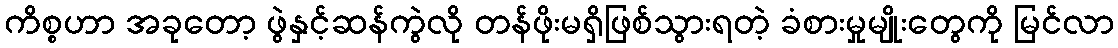
ကိစ္စဟာ အခုတော့ ဖွဲနှင့်ဆန်ကွဲလို တန်ဖိုးမရှိဖြစ်သွားရတဲ့ ခံစားမှုမျိုးတွေကို မြင်လာ